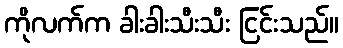
ကိုလက်က ခါးခါးသီးသီး ငြင်းသည်။